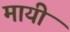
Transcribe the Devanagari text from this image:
मायी